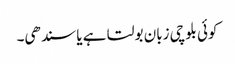
کوئی بلوچی زبان بولتا ہے یا سندھی۔